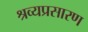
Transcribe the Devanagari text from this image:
श्रव्यप्रसारण